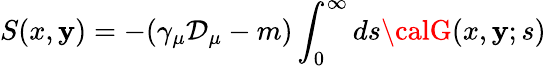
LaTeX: S(x,\mathbf{y})=-(\gamma_{\mu}\mathcal{D}_{\mu}-m)\int_{0}^{\infty}ds{\calG}(x,\mathbf{y};s)